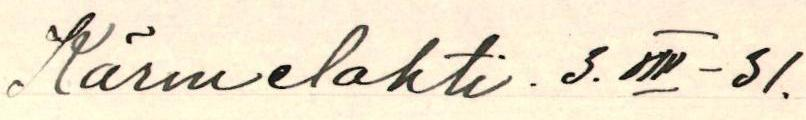
kärmelahti. 3.VIII -31.